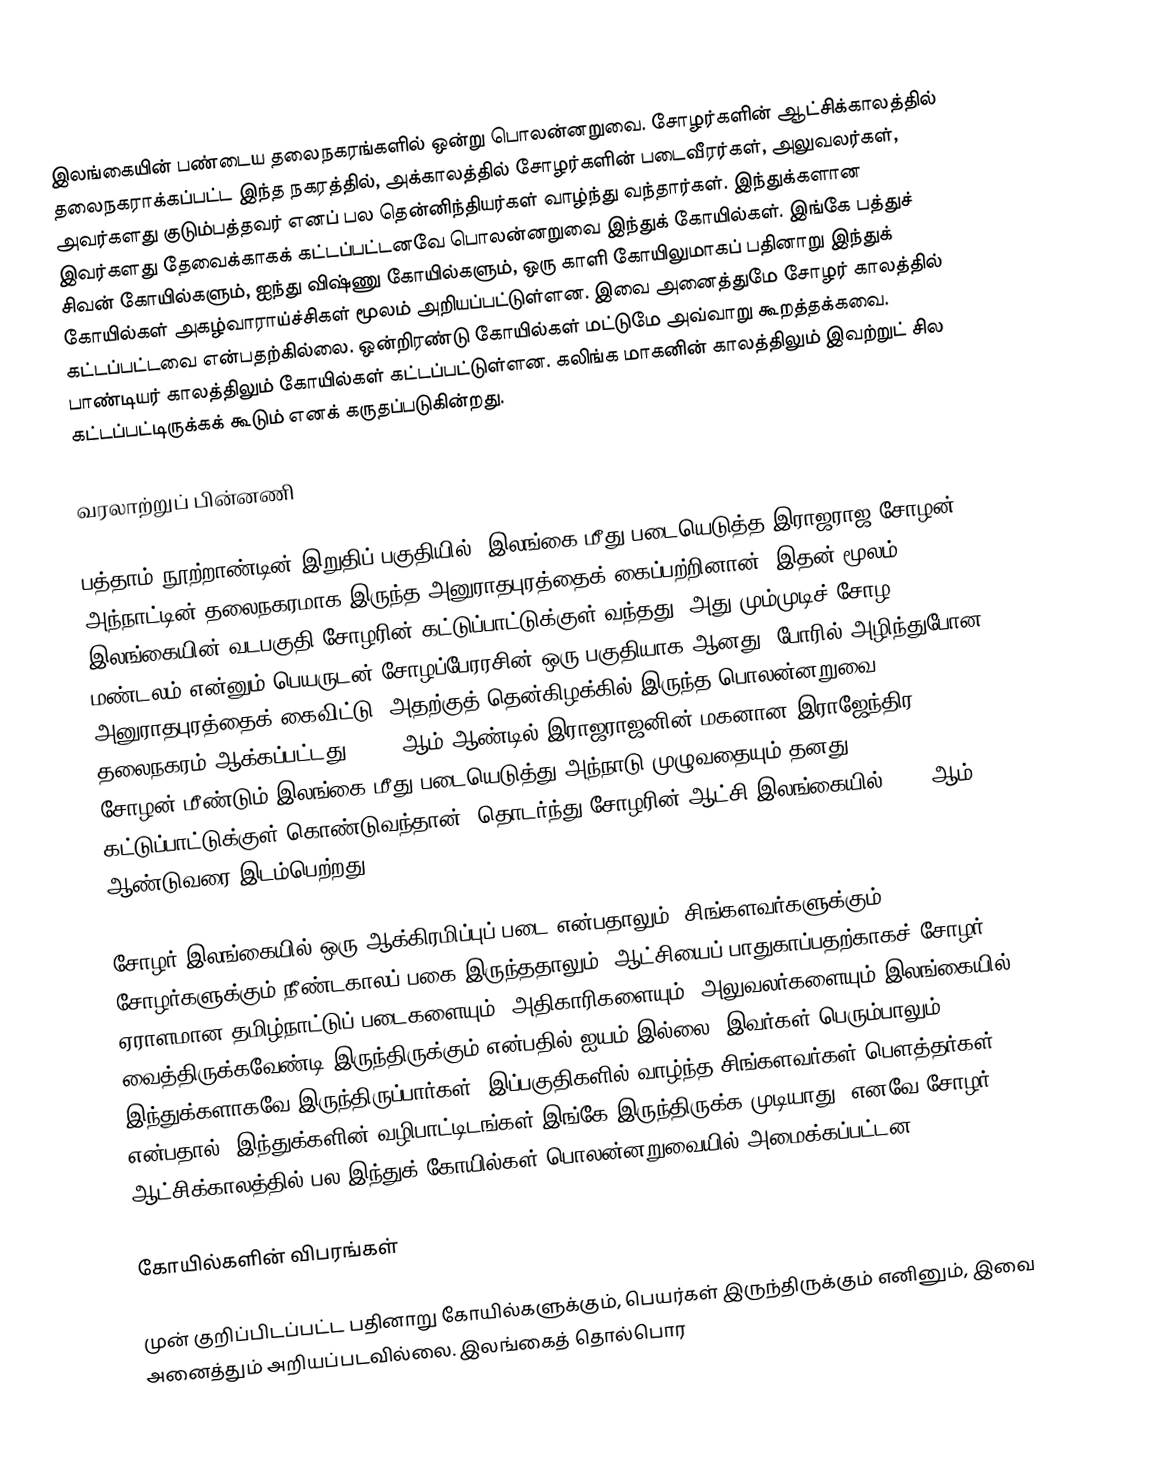
இலங்கையின் பண்டைய தலைநகரங்களில் ஒன்று பொலன்னறுவை. சோழர்களின் ஆட்சிக்காலத்தில் தலைநகராக்கப்பட்ட இந்த நகரத்தில், அக்காலத்தில் சோழர்களின் படைவீரர்கள், அலுவலர்கள், அவர்களது குடும்பத்தவர் எனப் பல தென்னிந்தியர்கள் வாழ்ந்து வந்தார்கள். இந்துக்களான இவர்களது தேவைக்காகக் கட்டப்பட்டனவே பொலன்னறுவை இந்துக் கோயில்கள். இங்கே பத்துச் சிவன் கோயில்களும், ஐந்து விஷ்ணு கோயில்களும், ஒரு காளி கோயிலுமாகப் பதினாறு இந்துக் கோயில்கள் அகழ்வாராய்ச்சிகள் மூலம் அறியப்பட்டுள்ளன. இவை அனைத்துமே சோழர் காலத்தில் கட்டப்பட்டவை என்பதற்கில்லை. ஒன்றிரண்டு கோயில்கள் மட்டுமே அவ்வாறு கூறத்தக்கவை. பாண்டியர் காலத்திலும் கோயில்கள் கட்டப்பட்டுள்ளன. கலிங்க மாகனின் காலத்திலும் இவற்றுட் சில கட்டப்பட்டிருக்கக் கூடும் எனக் கருதப்படுகின்றது.

வரலாற்றுப் பின்னணி

பத்தாம் நூற்றாண்டின் இறுதிப் பகுதியில், இலங்கை மீது படையெடுத்த இராஜராஜ சோழன் அந்நாட்டின் தலைநகரமாக இருந்த அனுராதபுரத்தைக் கைப்பற்றினான். இதன் மூலம் இலங்கையின் வடபகுதி சோழரின் கட்டுப்பாட்டுக்குள் வந்தது. அது மும்முடிச் சோழ மண்டலம் என்னும் பெயருடன் சோழப்பேரரசின் ஒரு பகுதியாக ஆனது. போரில் அழிந்துபோன அனுராதபுரத்தைக் கைவிட்டு, அதற்குத் தென்கிழக்கில் இருந்த பொலன்னறுவை தலைநகரம் ஆக்கப்பட்டது. 1017 ஆம் ஆண்டில் இராஜராஜனின் மகனான இராஜேந்திர சோழன் மீண்டும் இலங்கை மீது படையெடுத்து அந்நாடு முழுவதையும் தனது கட்டுப்பாட்டுக்குள் கொண்டுவந்தான். தொடர்ந்து சோழரின் ஆட்சி இலங்கையில் 1070 ஆம் ஆண்டுவரை இடம்பெற்றது.

சோழர் இலங்கையில் ஒரு ஆக்கிரமிப்புப் படை என்பதாலும், சிங்களவர்களுக்கும், சோழர்களுக்கும் நீண்டகாலப் பகை இருந்ததாலும், ஆட்சியைப் பாதுகாப்பதற்காகச் சோழர், ஏராளமான தமிழ்நாட்டுப் படைகளையும், அதிகாரிகளையும், அலுவலர்களையும் இலங்கையில் வைத்திருக்கவேண்டி இருந்திருக்கும் என்பதில் ஐயம் இல்லை. இவர்கள் பெரும்பாலும் இந்துக்களாகவே இருந்திருப்பார்கள். இப்பகுதிகளில் வாழ்ந்த சிங்களவர்கள் பௌத்தர்கள் என்பதால், இந்துக்களின் வழிபாட்டிடங்கள் இங்கே இருந்திருக்க முடியாது. எனவே சோழர் ஆட்சிக்காலத்தில் பல இந்துக் கோயில்கள் பொலன்னறுவையில் அமைக்கப்பட்டன.

கோயில்களின் விபரங்கள்

முன் குறிப்பிடப்பட்ட பதினாறு கோயில்களுக்கும், பெயர்கள் இருந்திருக்கும் எனினும், இவை அனைத்தும் அறியப்படவில்லை. இலங்கைத் தொல்பொர